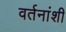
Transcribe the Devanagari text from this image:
वर्तनांशी